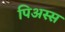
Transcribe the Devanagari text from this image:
पिअस्स